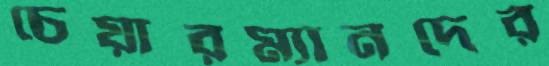
চেয়ারম্যানদের